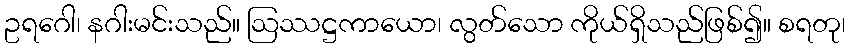
ဥရဂေါ၊ နဂါးမင်းသည်။ ဩဿဋ္ဌကာယော၊ လွတ်သော ကိုယ်ရှိသည်ဖြစ်၍။ စရတု၊